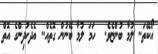
އޯކޭތަ.. ލުމާ ބުންޏެވެ.  ހަމަ ލުމާ ބޭނުން ގޮތެއް.. އެދެކުދިންގެ އޮތް